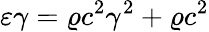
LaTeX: \varepsilon\gamma=\varrho c^{2}\gamma^{2}+\varrho c^{2}